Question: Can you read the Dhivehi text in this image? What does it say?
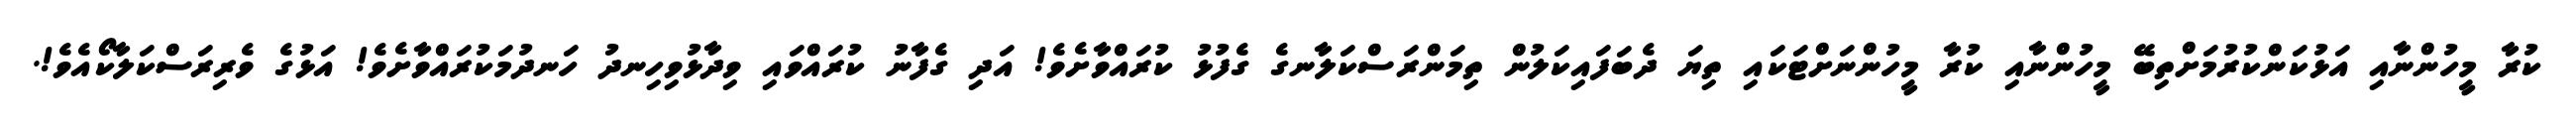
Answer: ކުރާ މީހުންނާއި އަޅުކަންކުރުމަށްތިބޭ މީހުންނާއި ކުރާ މީހުންނަށްޓަކައި ތިޔަ ދެބަފައިކަލުން ތިމަންރަސްކަލާނގެ ގެފުޅު ކުރައްވާށެވެ! އަދި ގެފާނު ކުރައްވައި ވިދާޅުވިހިނދު ހަނދުމަކުރައްވާށެވެ! އަޅުގެ ވެރިރަސްކަލާކޯއެވެ!.